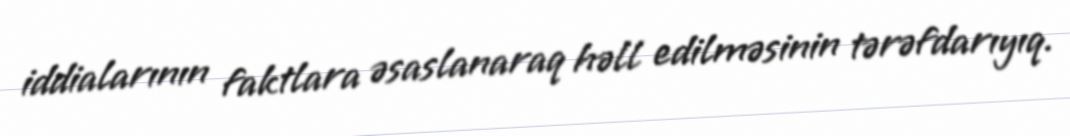
iddialarının faktlara əsaslanaraq həll edilməsinin tərəfdarıyıq.